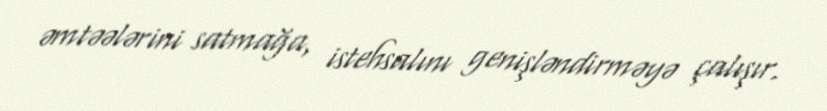
əmtəələrini satmağa, istehsalını genişləndirməyə çalışır.